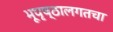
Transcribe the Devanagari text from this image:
भूपृष्ठालगतचा